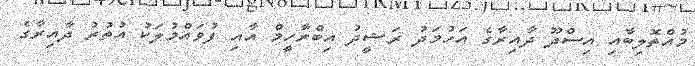
މުއްތޮލިބާއި އިސްދޫ ދާއިރާގެ އަހުމަދު ރަޝީދު އިބްރާހީމް އާއި ފުވައްމުލަކު އުތުރު ދާއިރާގެ